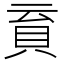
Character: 𧴳